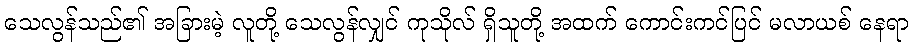
သေလွန်သည်၏ အခြားမဲ့ လူတို့ သေလွန်လျှင် ကုသိုလ် ရှိသူတို့ အထက် ကောင်းကင်ပြင် မလာယစ် နေရာ